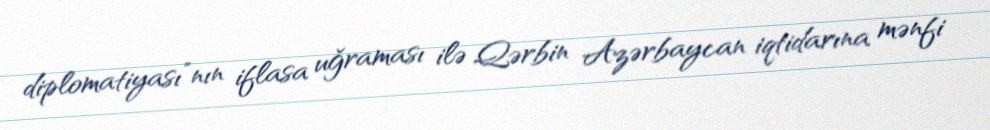
diplomatiyası”nın iflasa uğraması ilə Qərbin Azərbaycan iqtidarına mənfi